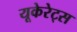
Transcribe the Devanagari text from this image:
यूकेरेट्स